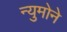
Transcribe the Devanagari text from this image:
न्युमोने